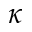
\kappa